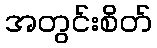
အတွင်းစိတ်